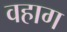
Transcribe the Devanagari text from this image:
वहाग